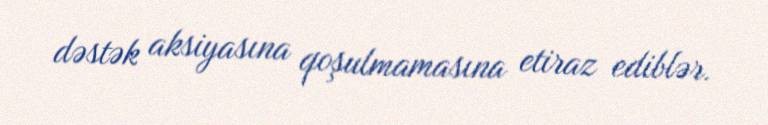
dəstək aksiyasına qoşulmamasına etiraz ediblər.